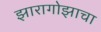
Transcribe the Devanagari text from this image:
झारागोझाचा